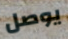
يوصل